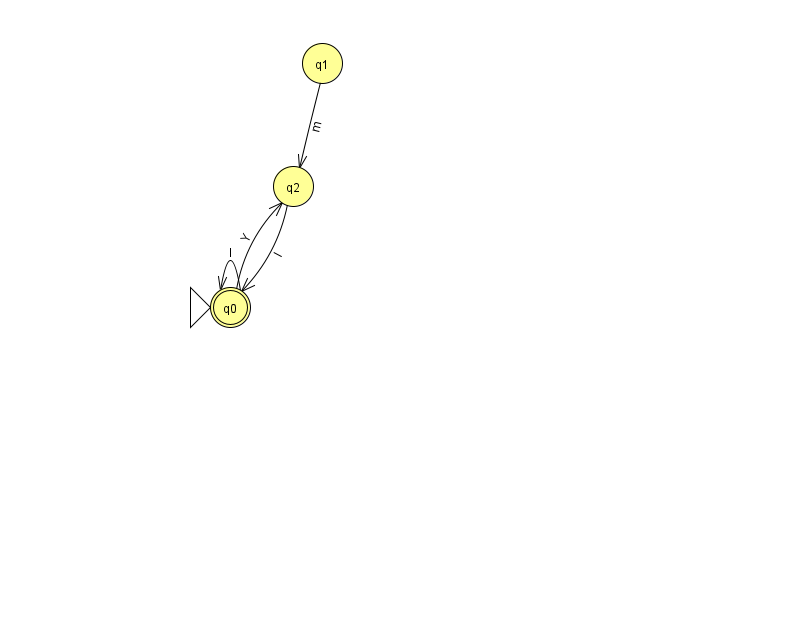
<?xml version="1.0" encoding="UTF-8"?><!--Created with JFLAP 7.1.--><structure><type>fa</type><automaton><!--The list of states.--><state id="0" name="q0"><x>230.0</x><y>294.0</y><initial/><final/></state><state id="1" name="q1"><x>322.0</x><y>50.0</y></state><state id="2" name="q2"><x>293.0</x><y>173.0</y></state><!--The list of transitions.--><transition><from>0</from><to>2</to><read>Y</read></transition><transition><from>1</from><to>2</to><read>m</read></transition><transition><from>2</from><to>0</to><read>l</read></transition><transition><from>0</from><to>0</to><read>l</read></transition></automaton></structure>